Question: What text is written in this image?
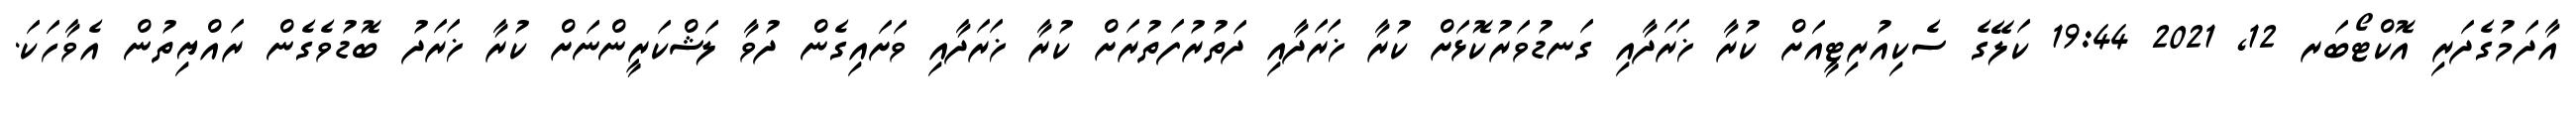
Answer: އާދަމުގެދަރި އޮކްޓޯބަރ 12, 2021 19:44 ކަލޭގެ ސެކިއުރިޓީއަށް ކުރާ ޚަރަދާއި ގަނޑުވަރުކޮޅަށް ކުރާ ޚަރަދާއި ދަތުރުފަތުރަށް ކުރާ ޚަރަދާއި ވަށައިގެން ދުވާ ލަޝްކަރީންނަށް ކުރާ ޚަރަދު ބޮޑުވެގެން ރައްޔިތުން އެވާހަކަ.